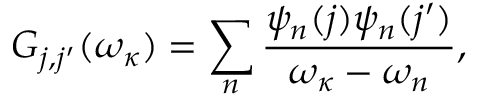
G _ { j , j ^ { \prime } } ( \omega _ { \kappa } ) = \sum _ { n } \frac { \psi _ { n } ( j ) \psi _ { n } ( j ^ { \prime } ) } { \omega _ { \kappa } - \omega _ { n } } ,